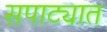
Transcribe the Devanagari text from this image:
सपाट्यात